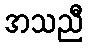
အသညီ